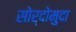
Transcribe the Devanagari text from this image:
सोर्दोमुदा